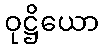
ဝုဋ္ဌိယော